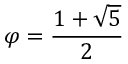
\varphi = { \frac { 1 + { \sqrt { 5 } } } { 2 } }